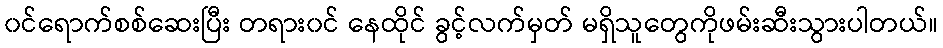
၀င်ရောက်စစ်ဆေးပြီး တရား၀င် နေထိုင် ခွင့်လက်မှတ် မရှိသူတွေကိုဖမ်းဆီးသွားပါတယ်။